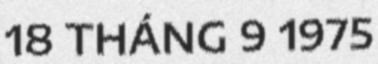
18 THÁNG 9 1975